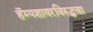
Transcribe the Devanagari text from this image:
हॅम्पशायरविरूद्धचा